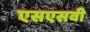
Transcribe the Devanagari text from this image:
एसएसवी